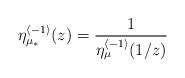
LaTeX: \begin{align*}\eta_{\mu_{*}}^{\langle-1\rangle}(z)=\frac{1}{\eta_{\mu}^{\langle-1\rangle}(1/z)}\end{align*}